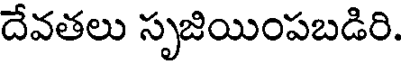
దేవతలు సృజియింపబడిరి.